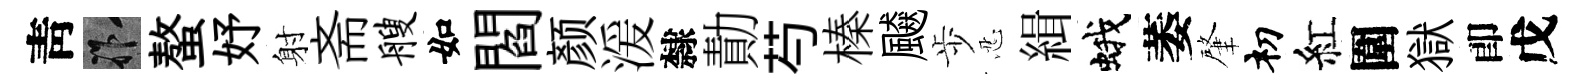
靑祚螯妤射斋艘如閻颜湲隸勣芍榛飇歩忍緝蛾萎肇𥘉紅圍獄卽戊